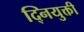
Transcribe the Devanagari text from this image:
द्नियुक्ती